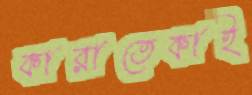
কারাতেকাই